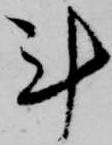
計